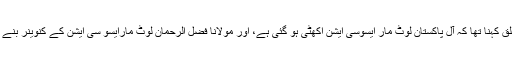
فیاض الحسن چوہان کا آل پارٹیز کانفرنس سے متعلق کہنا تھا کہ آل پاکستان لوٹ مار ایسوسی ایشن اکھٹی ہو گئی ہے، اور مولانا فضل الرحمان لوٹ مارایسو سی ایشن کے کنوینر بنے ہوئے ہیں، آل پارٹیز کانفرنس ایک فلاپ شو ہوگیا۔